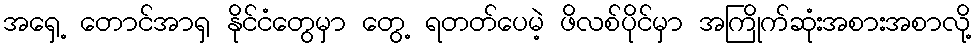
အရှေ့ တောင်အာရှ နိုင်ငံတွေမှာ တွေ့ ရတတ်ပေမဲ့ ဖိလစ်ပိုင်မှာ အကြိုက်ဆုံးအစားအစာလို့